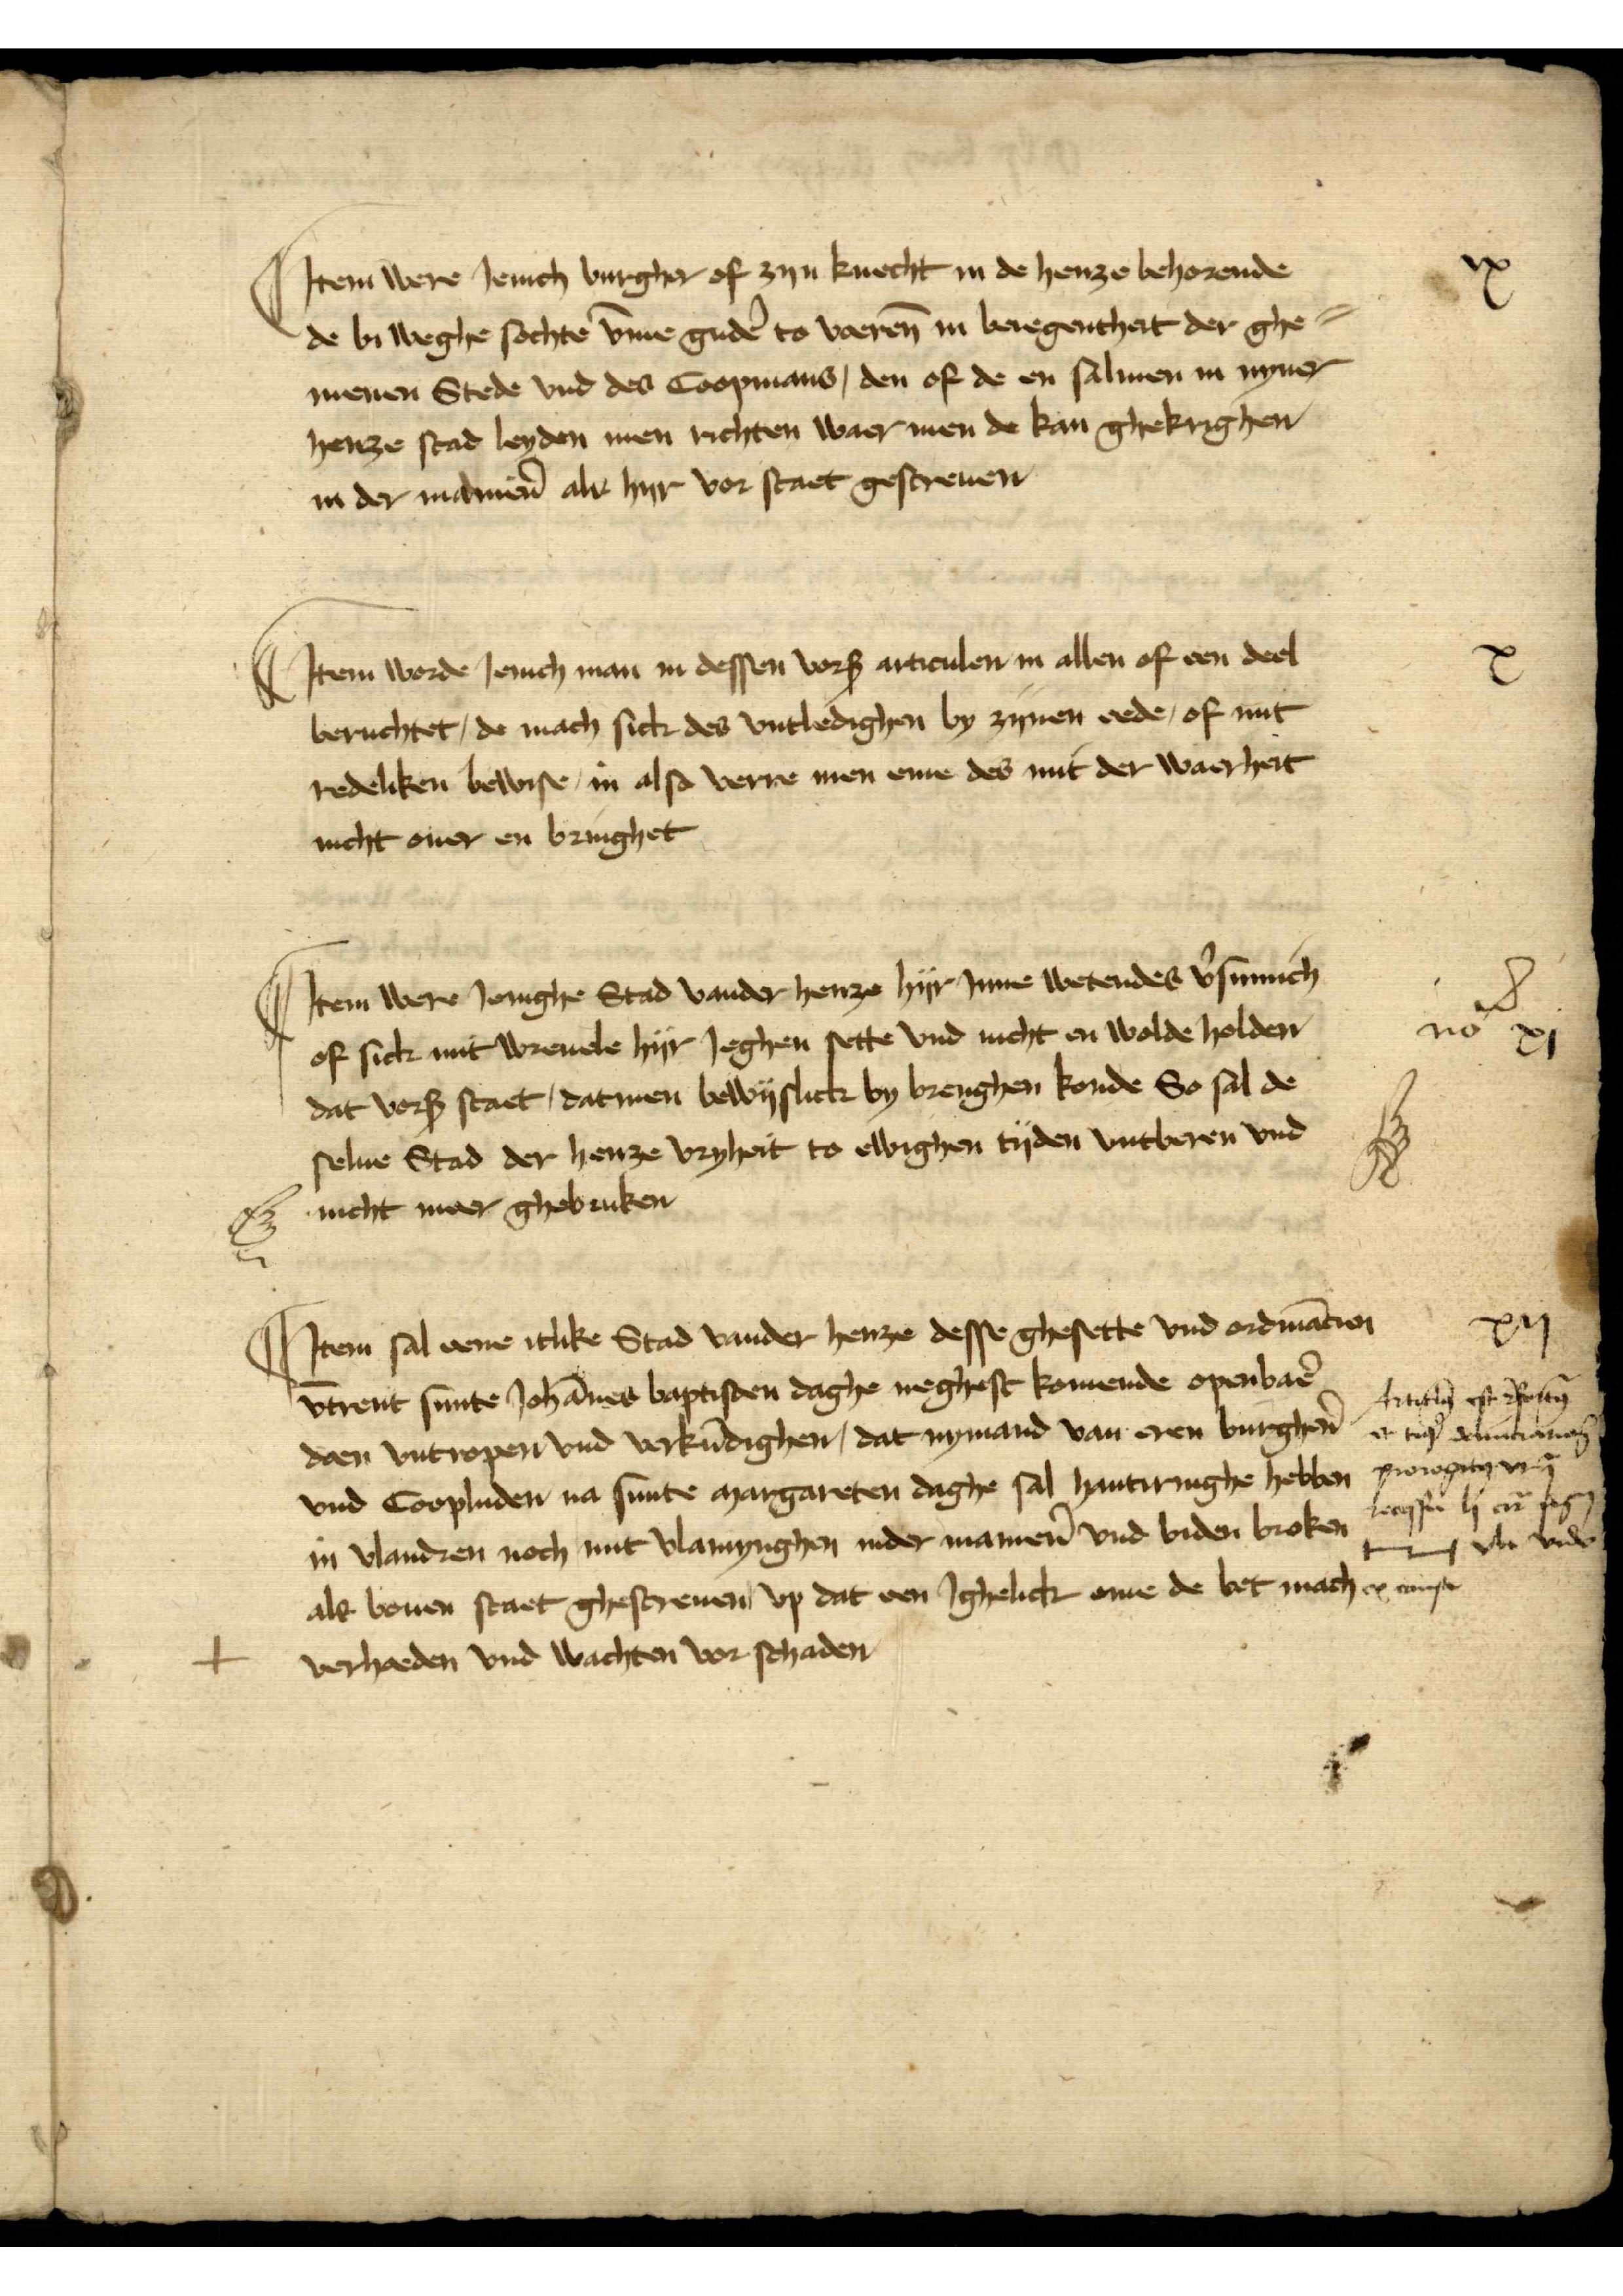
Jtem were Jenich burgher off zyn knecht in de henze behorende
de bi weghe sochte v̄me gudē to voerē in beregenheit der ge¬
menen Stede vnd des Coopmans, den of de en salmen in nyner
henze stad leyden men richten waer men de kan ghekrighen
in der maniẻn als hyr vor staet gescreuen

ix

Jtem vorde Jenich man in dessen vorß articulen in allen of en deel
berichtet, de mach sick des vntledighen by zynen eede, of mit
redeliken bewise, in also verre men eme des mit der waerheit
nicht ouer en bringhet

x

Jtem were Jenighe Stad vander henze hyr Jnne wetendes v̉sumich
of sick mit wreuele hyr Jeghen sette vnd nicht en wolde holden
dat vorß staet, datmen bewislick by brengen konde So sal de
selue Stad der henze vryheit to elighen tyden vntheren vnd

nicht meer gebruken

no xi

Jtem sal eene itlike Stad vander henze desse ghesette vnd ordinācien
vtrent sunte Johānes baptisten dage neghest komende openbaẻ
doen vntropen vnd vorkūdighen, dat nymand van eren burghẻn
vnd Coopluden na sunte Margareten daghe sal hantiringhe hebben
in Vlandren noch mit Vlamynghen inder maniẻn vnd biden broken
als bouen staet ghescreuen, vpp dat een ghelick enne de bet mach e anse
verhaeden vnd wachten vor schaden

xij

Articulo̧ ist resorten
er to nitauen
porogit v
Recesse he
in v vnd